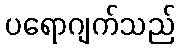
ပရောဂျက်သည်